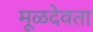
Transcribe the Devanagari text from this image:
मूळदेवता